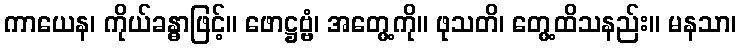
ကာယေန၊ ကိုယ်ခန္ဓာဖြင့်။ ဖောဋ္ဌဗ္ဗံ၊ အတွေ့ကို။ ဖုသတိ၊ တွေ့ထိသနည်း။ မနသာ၊